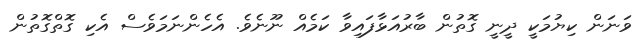
ވަނަން ކިޔުމަކީ ދީނީ ގޮތުން ބާރުއަޅާފައިވާ ކަމެއް ނޫނެވެ. އެހެންނަމަވެސް އެކި ގޮތްގޮތުން